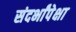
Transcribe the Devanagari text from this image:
संदर्भांपेक्षा